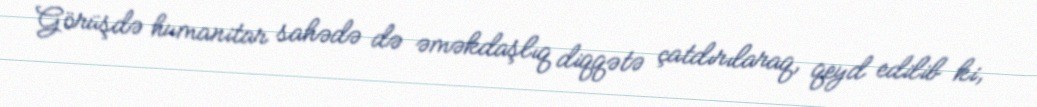
Görüşdə humanitar sahədə də əməkdaşlıq diqqətə çatdırılaraq, qeyd edilib ki,